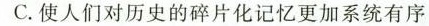
C.使人们对历史的碎片化记忆更加系统有序